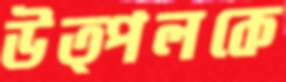
উত্পলকে